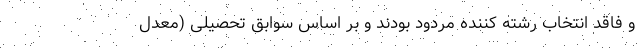
و فاقد انتخاب رشته کننده مردود بودند و بر اساس سوابق تحصیلی (معدل